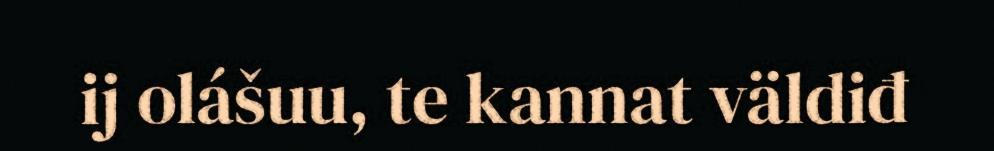
ij olášuu, te kannat väldiđ